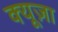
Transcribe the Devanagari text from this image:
क्यूज़ा